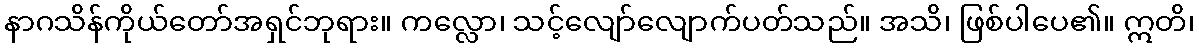
နာဂသိန်ကိုယ်တော်အရှင်ဘုရား။ ကလ္လော၊ သင့်လျော်လျောက်ပတ်သည်။ အသိ၊ ဖြစ်ပါပေ၏။ ဣတိ၊